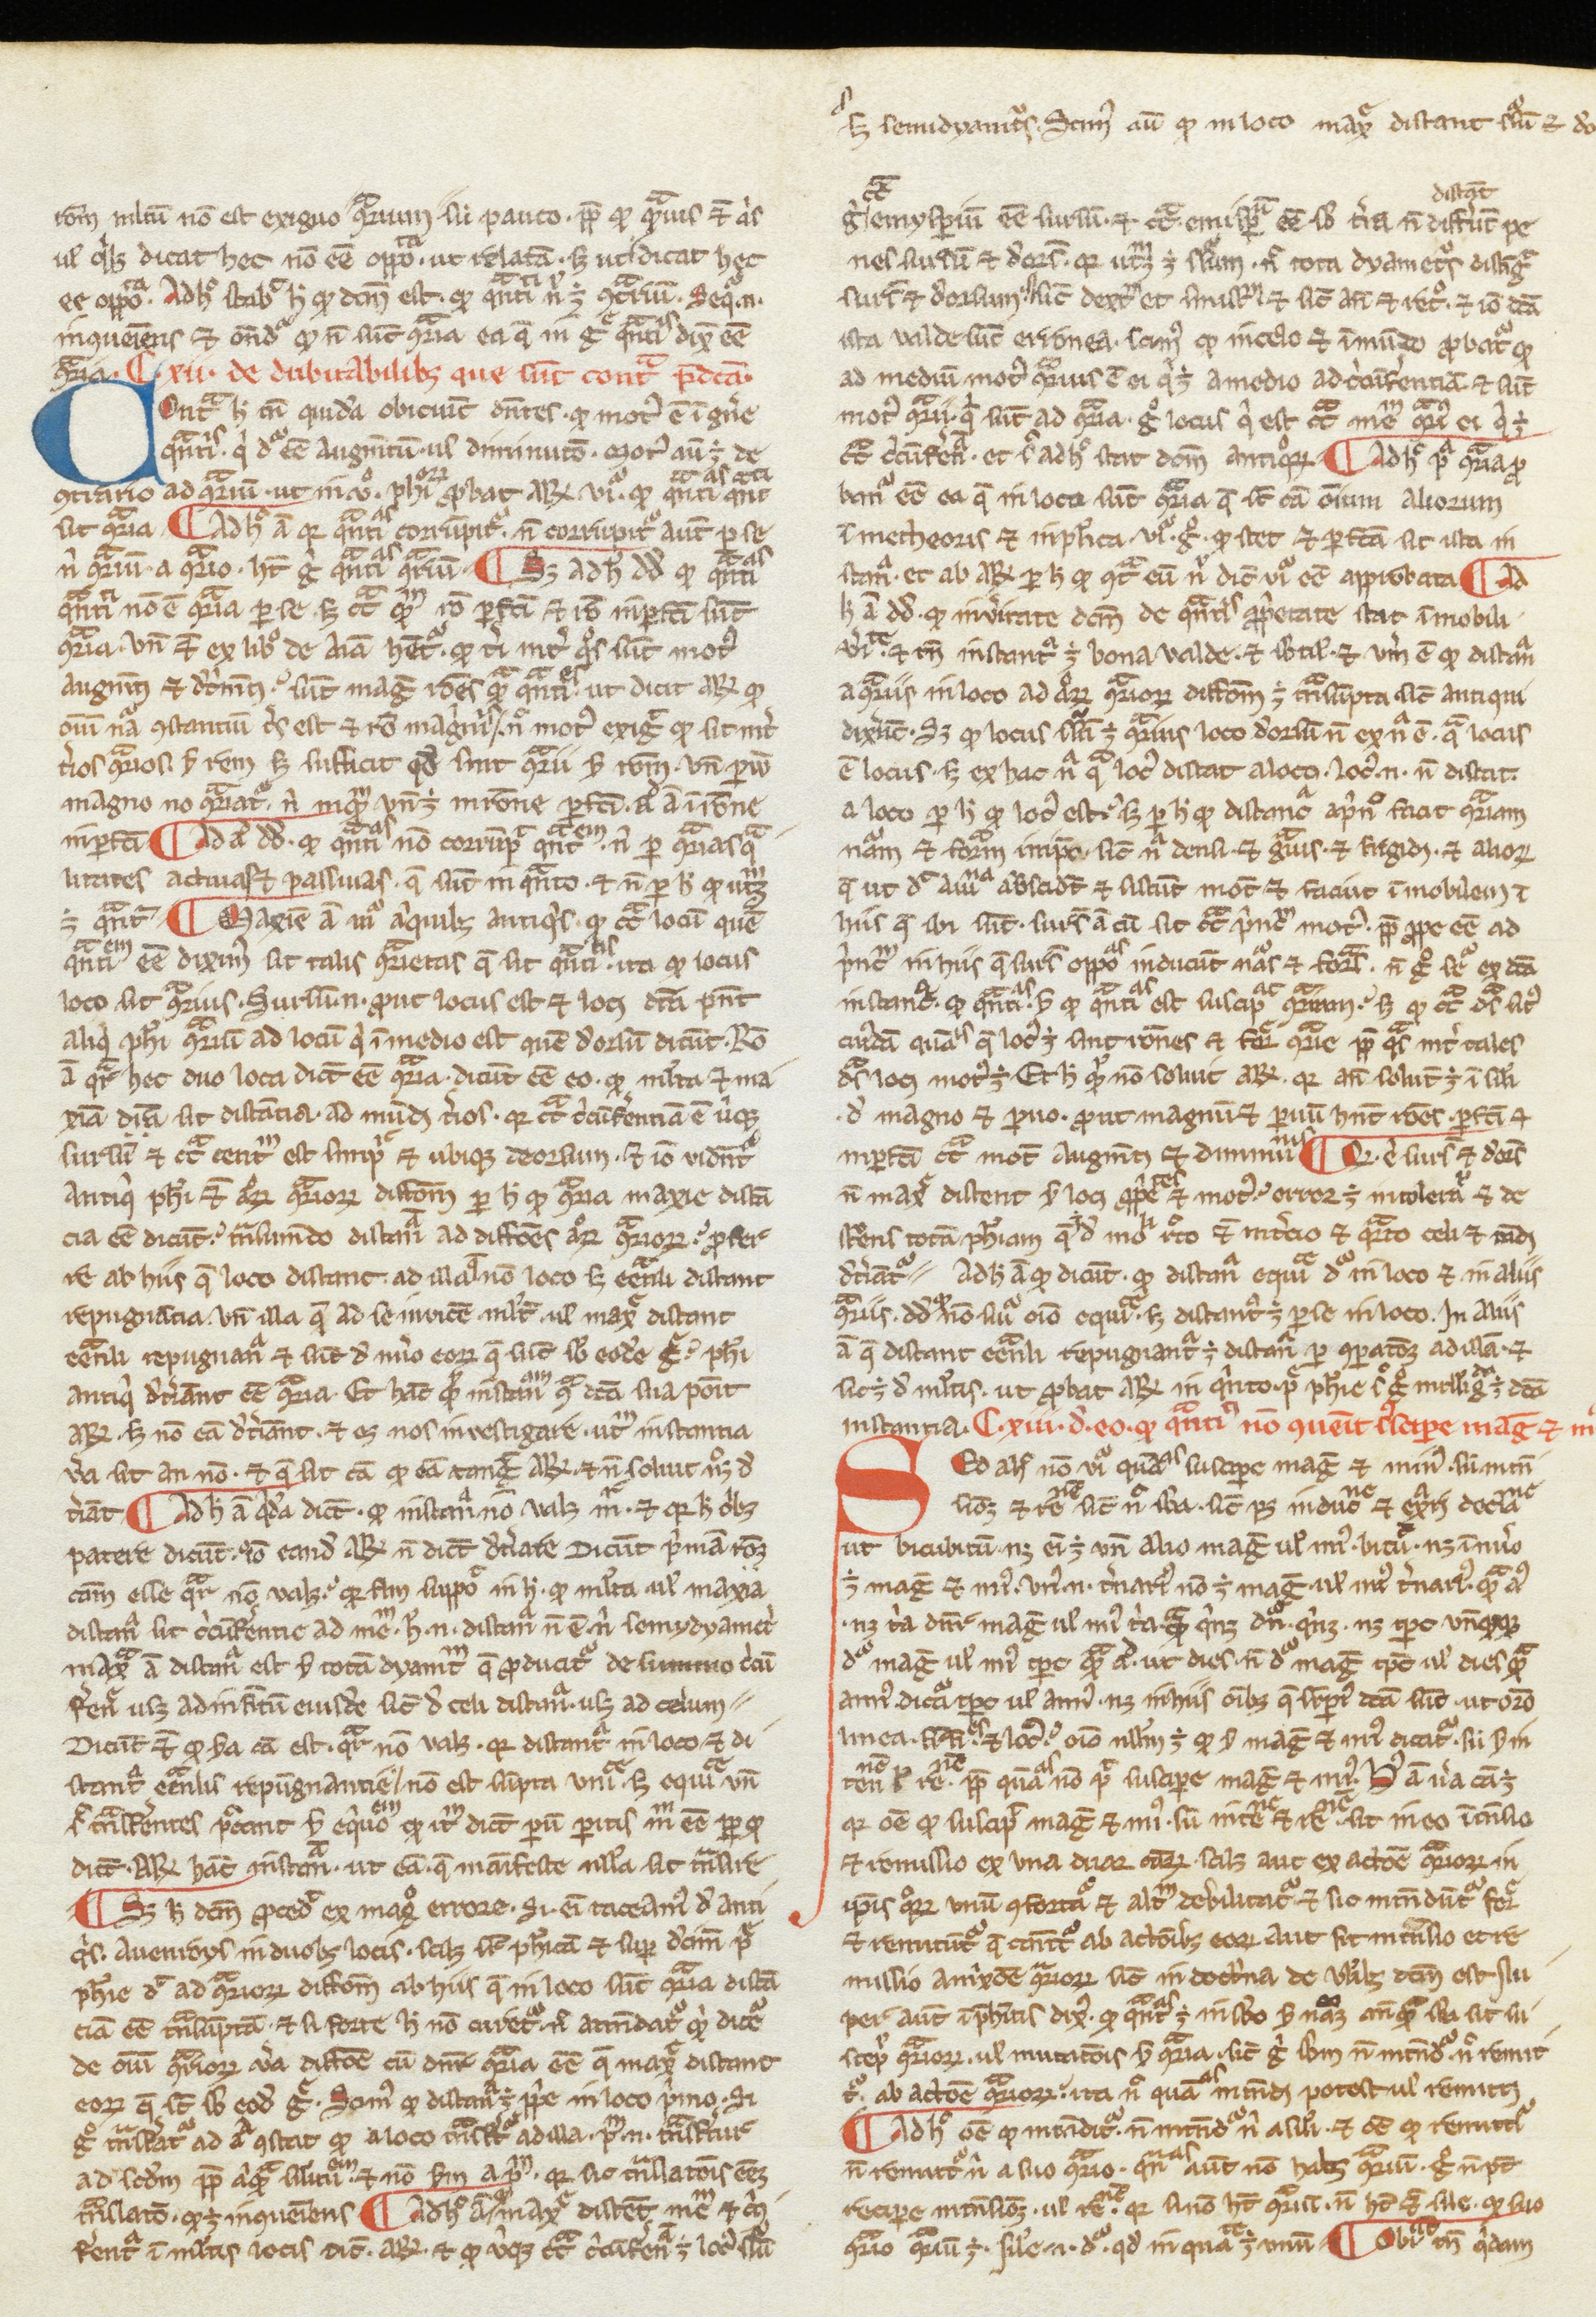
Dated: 1200–1399